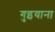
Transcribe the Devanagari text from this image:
गुइयाना